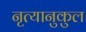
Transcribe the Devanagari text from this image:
नृत्यानुकुल